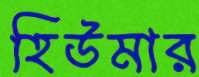
হিউমার